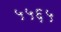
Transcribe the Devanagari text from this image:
५५६५